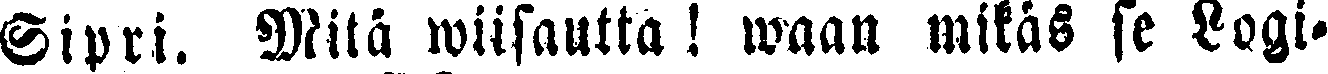
Sipri. Mita wiisautta! waan mikäs se Logi-